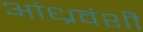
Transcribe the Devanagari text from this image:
आंध्रवंशी